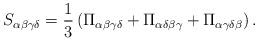
LaTeX: \begin{align*}S_{\alpha \beta \gamma \delta} = \frac{1}{3} \left( \Pi_{\alpha \beta \gamma \delta}+\Pi_{\alpha \delta \beta \gamma}+\Pi_{\alpha \gamma \delta \beta} \right).\end{align*}